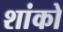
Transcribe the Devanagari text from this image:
शांको